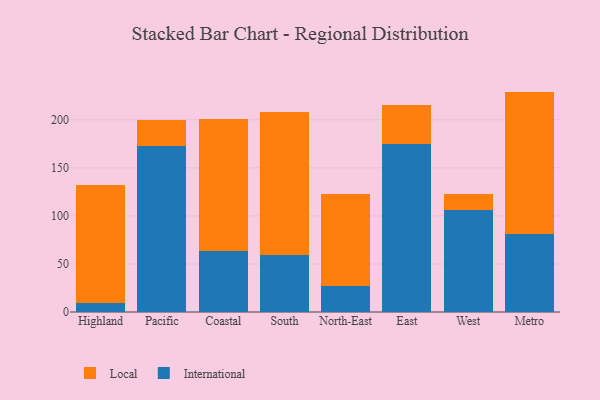
{"axis": {"x": "Region", "y": "Tickets Resolved"}, "legend": ["International", "Local"], "data": [{"x": "Highland", "y": 9.7, "type": "International"}, {"x": "Highland", "y": 122.4, "type": "Local"}, {"x": "Pacific", "y": 172.3, "type": "International"}, {"x": "Pacific", "y": 27.7, "type": "Local"}, {"x": "Coastal", "y": 63.3, "type": "International"}, {"x": "Coastal", "y": 137.7, "type": "Local"}, {"x": "South", "y": 59.2, "type": "International"}, {"x": "South", "y": 148.7, "type": "Local"}, {"x": "North-East", "y": 26.9, "type": "International"}, {"x": "North-East", "y": 96.0, "type": "Local"}, {"x": "East", "y": 175.0, "type": "International"}, {"x": "East", "y": 40.4, "type": "Local"}, {"x": "West", "y": 106.2, "type": "International"}, {"x": "West", "y": 16.6, "type": "Local"}, {"x": "Metro", "y": 80.9, "type": "International"}, {"x": "Metro", "y": 148.4, "type": "Local"}]}